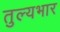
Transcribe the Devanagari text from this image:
तुल्‍यभार